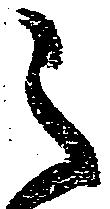
之